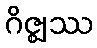
ဂိဇ္ဈဿ